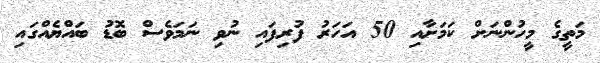
މަތީގެ މީހުންނަށް ކަމަށާއި 50 އަހަރު ފުރިފައި ނުވި ނަމަވެސް ބޮޑު ބައްޔެއްގައި